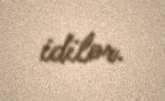
idilər.